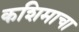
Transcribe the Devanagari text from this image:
कशिमाचा